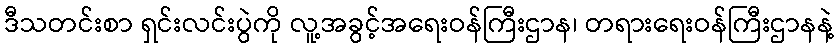
ဒီသတင်းစာ ရှင်းလင်းပွဲကို လူ့အခွင့်အရေးဝန်ကြီးဌာန၊ တရားရေးဝန်ကြီးဌာနနဲ့